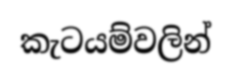
කැටයම්වලින්